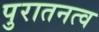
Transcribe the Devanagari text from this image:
पुरातनत्व